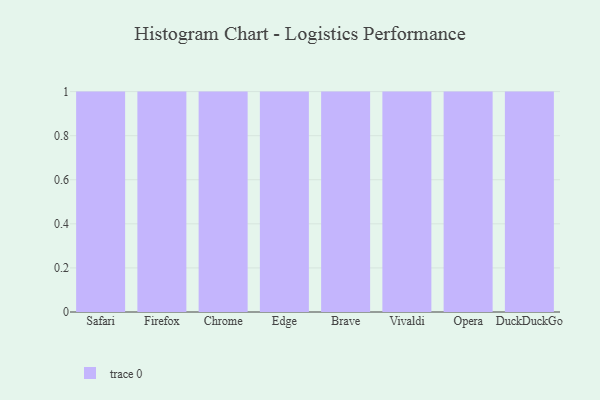
{"axis": {"x": "Browser", "y": "Budget (USD K)"}, "legend": [""], "data": [{"x": "Safari", "y": 1, "type": ""}, {"x": "Firefox", "y": 87, "type": ""}, {"x": "Chrome", "y": 57, "type": ""}, {"x": "Edge", "y": 84, "type": ""}, {"x": "Brave", "y": 63, "type": ""}, {"x": "Vivaldi", "y": 40, "type": ""}, {"x": "Opera", "y": 40, "type": ""}, {"x": "DuckDuckGo", "y": 26, "type": ""}]}